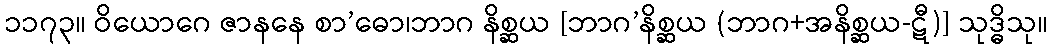
၁၁၇၃။ ဝိယောဂေ ဇာနနေ စာ’ဓော၊ဘာဂ နိစ္ဆယ [ဘာဂ’နိစ္ဆယ (ဘာဂ+အနိစ္ဆယ-ဋီ)] သုဒ္ဓိသု။